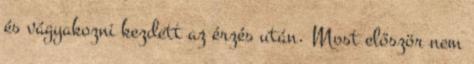
és vágyakozni kezdett az érzés után. Most először nem